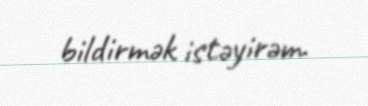
bildirmək istəyirəm.